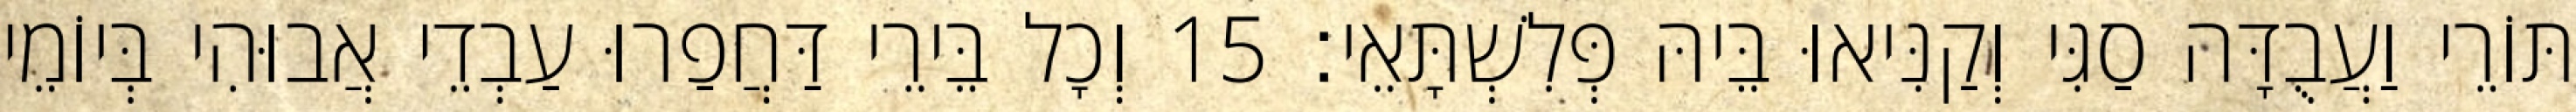
תּוֹרֵי וַעֲבֻדָּה סַגִּי וְקַנִּיאוּ בֵּיהּ פְּלִשְׁתָּאֵי׃ 15 וְכָל בֵּירֵי דַּחֲפַרוּ עַבְדֵי אֲבוּהִי בְּיוֹמֵי